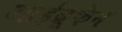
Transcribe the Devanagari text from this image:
आईब्रूफेन